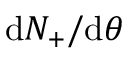
\mathrm { { d } } N _ { + } / \mathrm { { d } } \theta